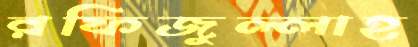
রফিজুল্লাহ